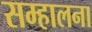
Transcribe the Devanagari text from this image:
सम्हालना